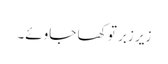
زیر زبر تو کھا جاوئے۔